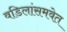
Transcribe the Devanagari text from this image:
वडिलांसमवेत